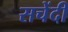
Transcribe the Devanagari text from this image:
सचेंदी